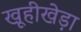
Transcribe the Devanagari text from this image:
खूहीखेड़ा